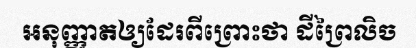
អនុញ្ញាតឲ្យដែរពីព្រោះថា ដីព្រៃលិច